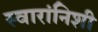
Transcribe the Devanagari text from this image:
स्वारांनिशी